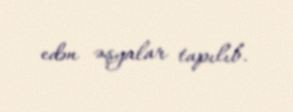
edən əşyalar tapılıb.